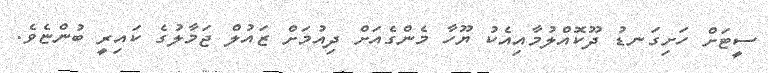
ސީޓަށް ހަށިގަނޑު ދޫކޮއްލުމާއިއެކު ޔޫހާ މެންގެއަށް ދިއުމަށް ޒައުލް ޖަމާލުގެ ކައިރީ ބުންޏެވެ.